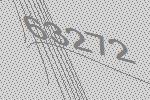
63272